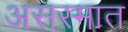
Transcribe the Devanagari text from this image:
असस्मात